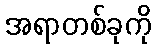
အရာတစ်ခုကို